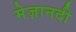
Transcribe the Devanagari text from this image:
मेज़ानदी